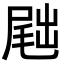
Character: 𪨕